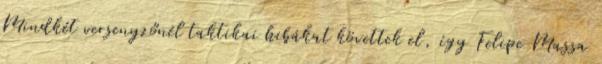
Mindkét versenyzőnél taktikai hibákat követtek el, így Felipe Massa